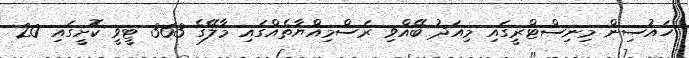
ހައުސިން މިނިސްޓްރީގައި މިއަދު ބޭއްވި ރަސްމިއްޔާތެއްގައި މާލޭގެ 363 ޓީވީ ކޮށީގައި 20